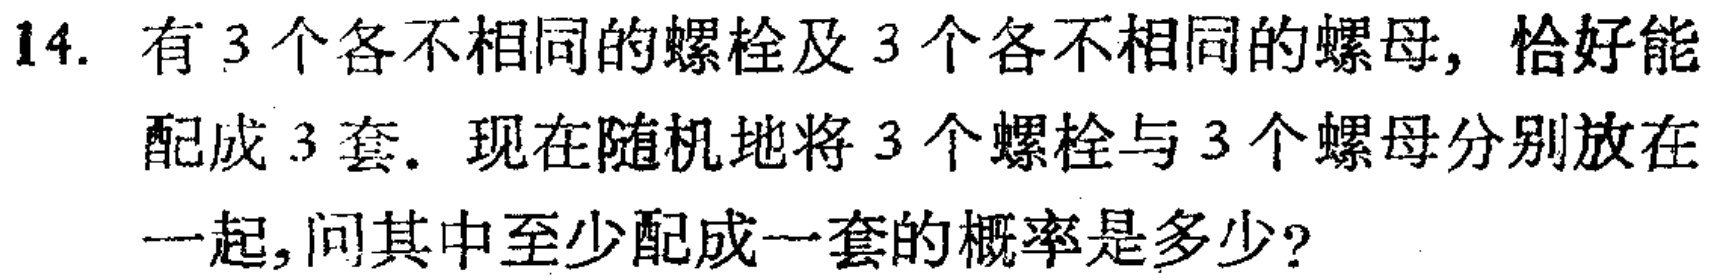
14. 有3个各不相同的螺栓及3个各不相同的螺母，恰好能配成3套。现在随机地将3个螺栓与3个螺母分别放在一起，问其中至少配成一套的概率是多少？